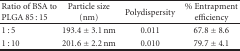
| Ratio of BSA to PLGA 85 : 15 | Particle size (nm) | Polydispersity | % Entrapment efficiency |
 | --- | --- | --- | --- |
 | 1 : 5 | 193.4 ± 3.1 nm | 0.011 | 67.8 ± 8.6 |
 | 1 : 10 | 201.6 ± 2.2 nm | 0.010 | 79.7 ± 4.1 |